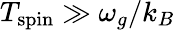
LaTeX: T_{\mathrm{spin}}\gg\omega_{g}/k_{B}